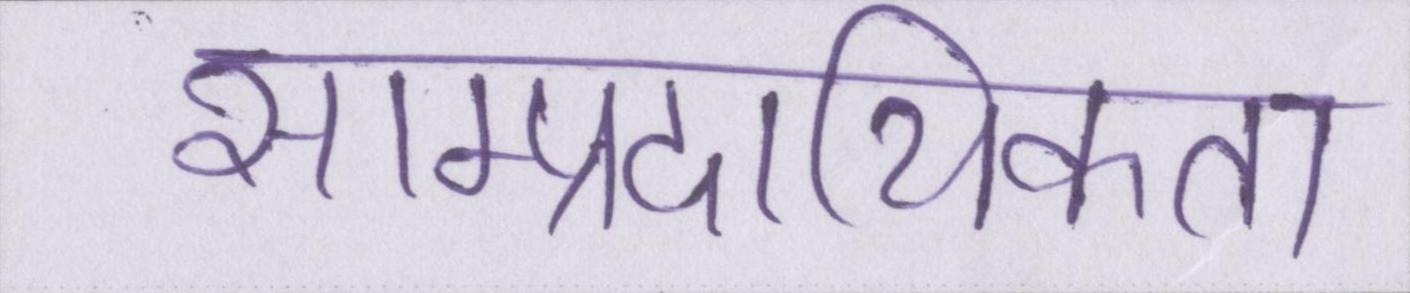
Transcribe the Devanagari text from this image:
साम्प्रदायिकता